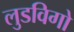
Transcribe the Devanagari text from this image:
लुडविगो